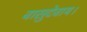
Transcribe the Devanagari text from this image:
वासुदेवाय।